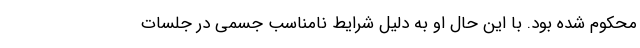
محکوم شده بود. با این حال او به دلیل شرایط نامناسب جسمی در جلسات